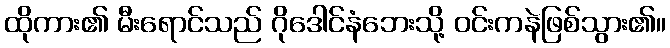
ထိုကား၏ မီးရောင်သည် ဂိုဒေါင်နံဘေးသို့ ဝင်းကနဲဖြစ်သွား၏။